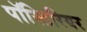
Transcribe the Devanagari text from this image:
पॉस्टिरियर